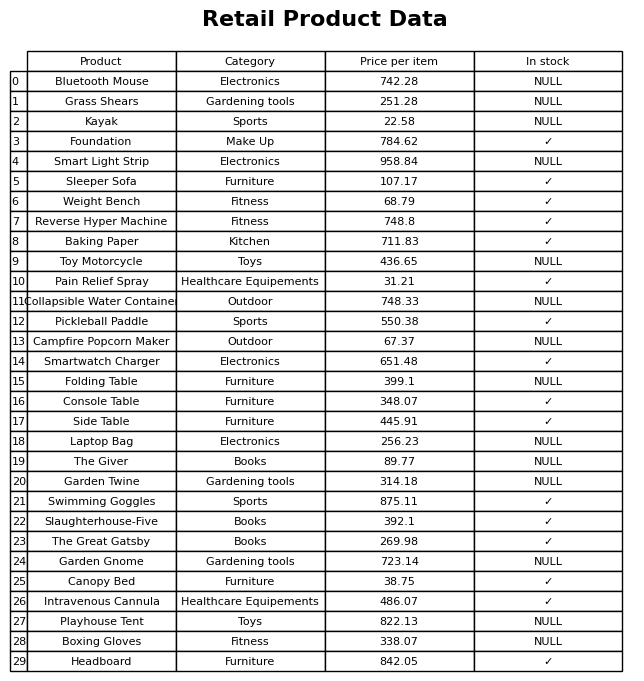
question: What is the price of the Foundation?
answer: The price of Foundation is 784.62.